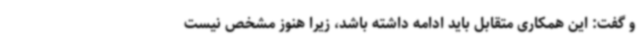
و گفت: این همکاری متقابل باید ادامه داشته باشد، زیرا هنوز مشخص نیست